Annual report on the working of the lock hospitals in the North-Western Provinces and Oudh
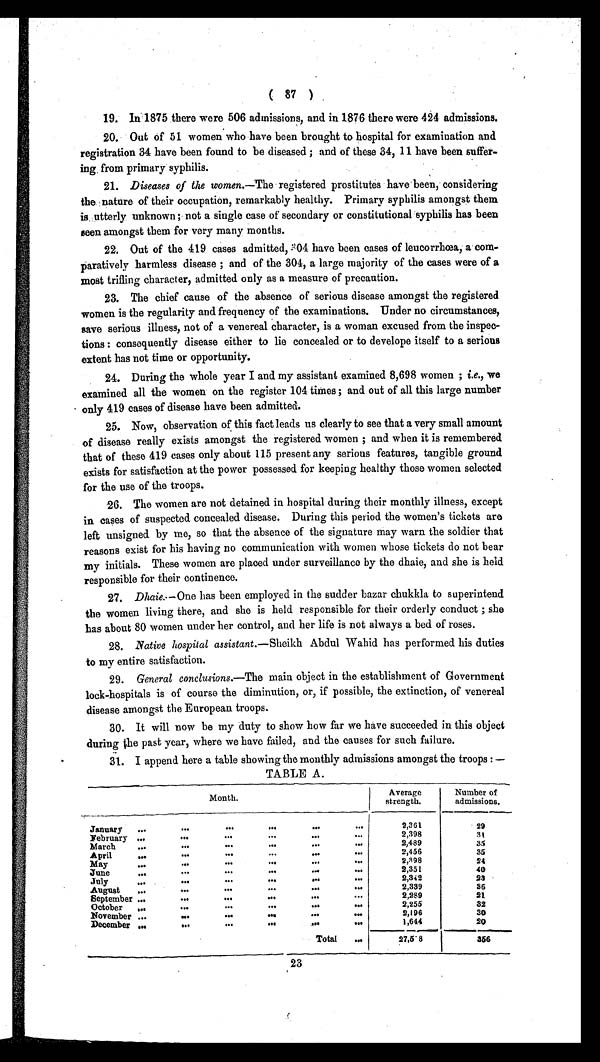
( 87 )
19. In 1875 there were 506 admissions, and in 1876 there were 424 admissions.
20.
Out of 51 women who have been brought to hospital for examination and
registration 34 have been found to be diseased ; and of these 34, 11 have been suffer-
ing from primary syphilis.
21. Diseases of the women.—The registered prostitutes have been, considering
the nature of their occupation, remarkably healthy. Primary syphilis amongst them
is utterly unknown ; not a single case of secondary or constitutional syphilis has been
seen amongst them for very many months.
22. Out of the 419 cases admitted, 304 have been cases of leucorrhœa, a com-
paratively harmless disease ; and of the 304, a large majority of the cases were of a
most trifling character, admitted only as a measure of precaution.
23. The chief cause of the absence of serious disease amongst the registered
women is the regularity and frequency of the examinations. Under no circumstances,
save serious illness, not of a venereal character, is a woman excused from the inspec
- t i o n s : c o n s e q u e n t l y d i s e a s e e i t h e r t o l i e c o n c e a l e d o r t o d e v e l o p e i t s e l f t o a s e r i o u s
extent has not time or opportunity.
24. During the whole year I and my assistant examined 8,698 women ; i.e., we
examined all the women on the register 104 times ; and out of all this large number
only 419 cases of disease have been admitted.
25. Now, observation of this fact leads us clearly to see that a very small amount
of disease really exists amongst the registered women ; and when it is remembered
that of these 419 cases only about 115 present any serious features, tangible ground
exists for satisfaction at the power possessed for keeping healthy those women selected
for the use of the troops.
26. The women are not detained in hospital during their monthly illness, except
in cases of suspected concealed disease. During this period the women's tickets are
left unsigned by me, so that the absence of the signature may warn the soldier that
reasons exist for his having no communication with women whose tickets do not bear
my initials. These women are placed under surveillance by the dhaie, and she is held
responsible for their continence.
27. Dhaie. —One has been employed in the sudder bazar chukkla to superintend
the women living there, and she is held responsible for their orderly conduct ; she
has about 80 women under her control, and her life is not always a bed of roses.
28. Native hospital assistant .—Sheikh Abdul Wahid has performed his duties
to my entire satisfaction.
29. General conclusions. —The main object in the establishment of Government
lock-hospitals is of course the diminution, or, if possible, the extinction, of venereal
disease amongst the European troops.
30. It will now be my duty to show how far we have succeeded in this object
during the past year, where we have failed, and the causes for such failure.
31. I append here a table showing the monthly admissions amongst the troops : —
TABLE A.
Month.
Average
strength.
Number of
admissions.
January ...
. . .
. . .
. . .
. . . . . .
2,361
29
February ...
. . .
. . .
. . .
. . . . . .
2,398
31
March
. . .
. . .
. . .
. . .
. . . . . .
2,489
35
April
. . .
. . .
. . .
. . .
. . . . . .
2, 456
35
May
...
. . .
. . .
. . .
. . . . . .
2, 398
24
June
. . .
. . .
. . .
. . .
...
. . .
2,351
40
July
. . .
. . .
. . .
. . .
. . . . . .
2,342
23
August . . .
...
...
. . .
. . . . . .
2,339
36
September ...
. . .
. . .
. . .
. . . . . .
2,289
21
October ...
. . .
. . .
. . .
. . . . . .
2,255
32
November ...
. . .
. . .
...
. . . . . .
2,196
30
December ...
...
. . .
. . .
. . . . . .
1,644
20
Total
. . .
27, 53
356
23